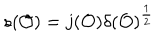
LaTeX: s ( { \cal O } ) = j ( { \cal O } ) \delta ( { \cal O } ) ^ { \frac { 1 } { 2 } }